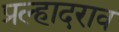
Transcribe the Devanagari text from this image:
प्रल्हादराव